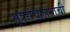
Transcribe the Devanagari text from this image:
सूत्रसंचालनाची